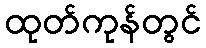
ထုတ်ကုန်တွင်